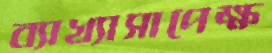
ব্যাখ্যাসাপেক্ষ